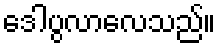
ဒေါပွလာလေသည်။